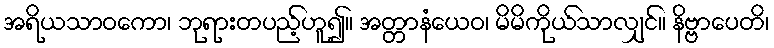
အရိယသာဝကော၊ ဘုရားတပည့်ဟူ၍။ အတ္တာနံယေဝ၊ မိမိကိုယ်သာလျှင်။ နိဗ္ဗာပေတိ၊